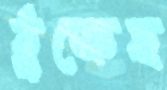
ঠুক্‌রেছ